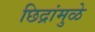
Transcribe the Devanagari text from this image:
छिद्रांमुळे